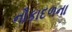
નૌકાદળના